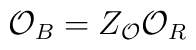
\mathcal{O}_{B}=Z_{\mathcal{O}}\mathcal{O}_{R}